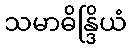
သမာဓိန္ဒြိယံ